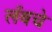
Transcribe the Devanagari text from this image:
लँबचे